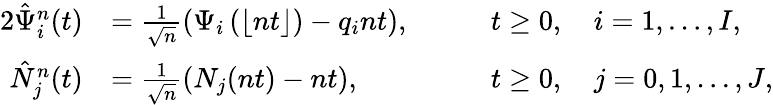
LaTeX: \begin{array}{rlrl}{{2}\hat{\Psi}_{i}^{n}(t)}&{=\frac{1}{\sqrt{n}}\left(\Psi_{i}\left(\lfloor nt\rfloor\right)-q_{i}nt\right),}&&{\quad t\ge 0,\quad i=1,\dots,I,}\\ {\hat{N}_{j}^{n}(t)}&{=\frac{1}{\sqrt{n}}\left(N_{j}(nt)-nt\right),}&&{\quad t\ge 0,\quad j=0,1,\dots,J,}\end{array}